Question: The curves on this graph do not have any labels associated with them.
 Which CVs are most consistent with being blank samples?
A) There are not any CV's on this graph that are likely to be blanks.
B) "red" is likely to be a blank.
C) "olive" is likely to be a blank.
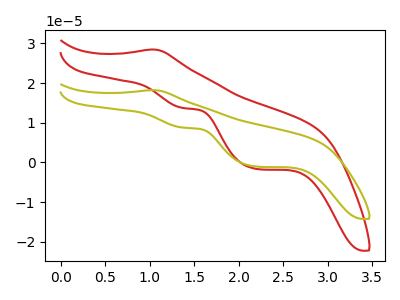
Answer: <think>The red curve "red" has an anodic peak at (1.05V, 28.45uA) and cathodic peaks at (1.40V, 13.70uA) (2.20V, -1.60uA). The olive curve "olive" has an anodic peak at (1.05V, 18.20uA) and cathodic peaks at (1.40V, 8.75uA) (2.20V, -1.00uA).</think>
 <answer>A) There are not any CV's on this graph that are likely to be blanks.</answer>
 <eval>A</eval>